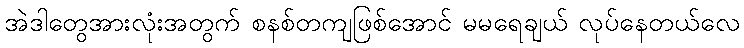
အဲဒါတွေအားလုံးအတွက် စနစ်တကျဖြစ်အောင် မမရေချယ် လုပ်နေတယ်လေ